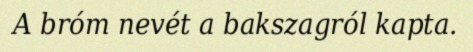
A bróm nevét a bakszagról kapta.